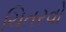
ચિતરવો